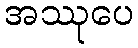
အဿုပေ